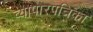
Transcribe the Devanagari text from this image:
व्यापारपत्रिका